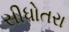
સીધોતરા